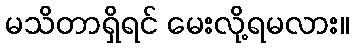
မသိတာရှိရင် မေးလို့ရမလား။